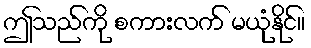
ဤသည်ကို စကားလက် မယုံနိုင်။